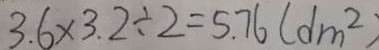
3 . 6 \times 3 . 2 \div 2 = 5 . 7 6 ( d m ^ { 2 } )